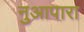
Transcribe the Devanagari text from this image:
नुआपारा